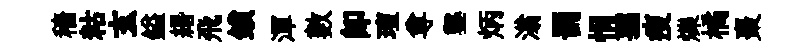
穡䊀玄鎰緡飛鎖渾數卽璮尊鑿炳滃罰悁孺瘦爍橘棗